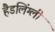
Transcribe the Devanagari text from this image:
हैडलिंग्ली